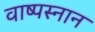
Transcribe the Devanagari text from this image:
वाष्पस्नान